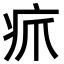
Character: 𪽫